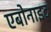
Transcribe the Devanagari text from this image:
एबोनाइट